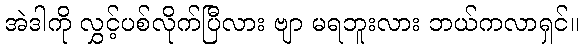
အဲဒါကို လွှင့်ပစ်လိုက်ပြီလား ဗျာ မရဘူးလား ဘယ်ကလာရှင်။